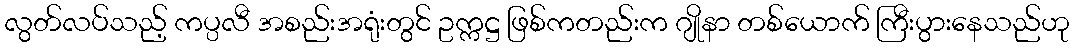
လွတ်လပ်သည့် ကပ္ပလီ အစည်းအရုံးတွင် ဥက္ကဋ္ဌ ဖြစ်ကတည်းက ဂျိုနာ တစ်ယောက် ကြီးပွားနေသည်ဟု